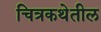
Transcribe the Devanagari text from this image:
चित्रकथेतील